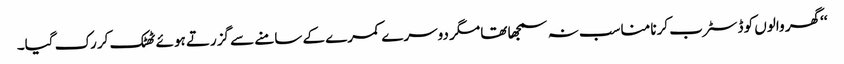
‘‘ گھر والوں کو ڈسٹرب کرنا مناسب نہ سمجھا تھا مگر دوسرے کمرے کے سامنے سے گزرتے ہوئے ٹھٹک کر رک گیا۔